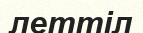
леттіл